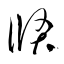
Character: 倏